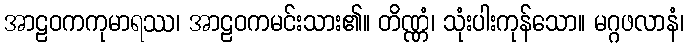
အာဠဝကကုမာရဿ၊ အာဠဝကမင်းသား၏။ တိဏ္ဏံ၊ သုံးပါးကုန်သော။ မဂ္ဂဖလာနံ၊